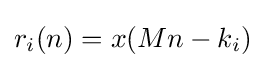
r_{i}(n)=x(Mn-k_{i})